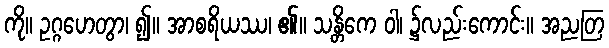
ကို။ ဥဂ္ဂဟေတွာ၊ ၍။ အာစရိယဿ၊ ၏။ သန္တိကေ ဝါ၊ ၌လည်းကောင်း။ အညတြ